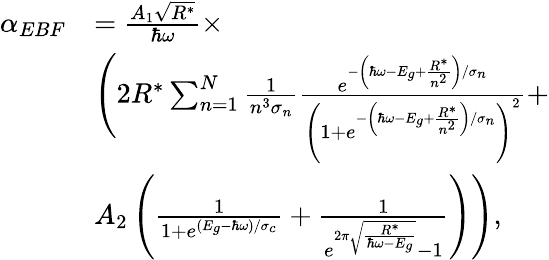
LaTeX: \begin{array}{rl}{\alpha_{EBF}}&{=\frac{A_{1}\sqrt{R^{*}}}{\hbar\omega}\times}\\ &{\Bigg(2R^{*}\sum_{n=1}^{N}\frac{1}{n^{3}\sigma_{n}}\frac{e^{-\left(\hbar\omega-E_{g}+\frac{R^{*}}{n^{2}}\right)/\sigma_{n}}}{\left(1+e^{-\left(\hbar\omega-E_{g}+\frac{R^{*}}{n^{2}}\right)/\sigma_{n}}\right)^{2}}+}\\ &{A_{2}\left(\frac{1}{1+e^{(E_{g}-\hbar\omega)/\sigma_{c}}}+\frac{1}{e^{2\pi\sqrt{\frac{R^{*}}{\hbar\omega-E_{g}}}}-1}\right)\Bigg),}\end{array}